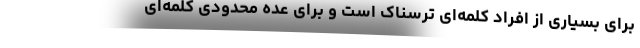
برای بسیاری از افراد کلمه‌ای ترسناک است و برای عده محدودی کلمه‌ای